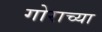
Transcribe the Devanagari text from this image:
गोराच्या